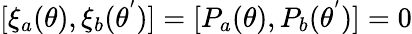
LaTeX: [{\xi}_{a}(\theta),{\xi}_{b}({\theta}^{'})]=[P_{a}({\theta}),P_{b}({\theta}^{'})]=0